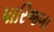
પારિજગા